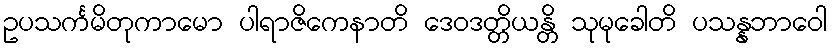
ဥပသင်္ကမိတုကာမော ပါရာဇိကေနာတိ ဒေဝဒတ္တိယန္တိ သုမုခေါတိ ပသန္နဘာဝေါ